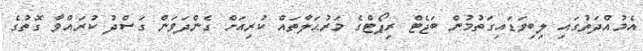
އެމުއްދަތުގައި ލިބިވަޑައިގަތުމުން ބަޖެޓް ރިޕޯޓްގެ މަރުޙަލާތައް ކުރިއަށް ގެންދަވަން ގަސްދު ކުރައްވާ ގޮތުގެ